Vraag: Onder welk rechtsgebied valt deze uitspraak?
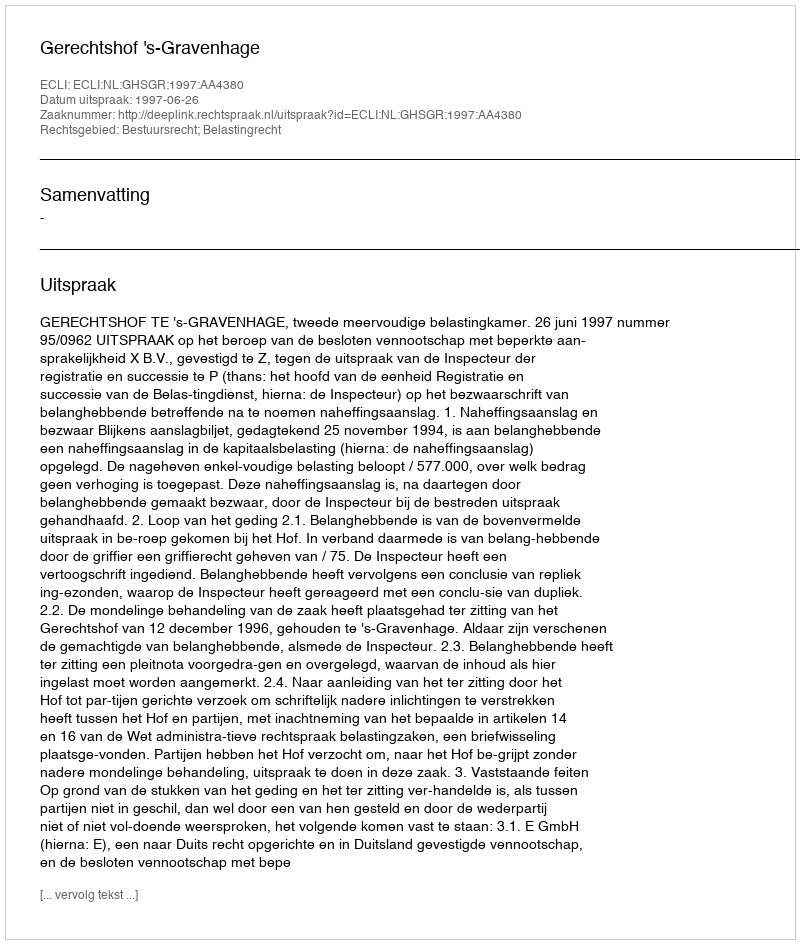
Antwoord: Bestuursrecht; Belastingrecht